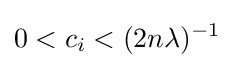
0<c_{i}<(2n\lambda )^{-1}